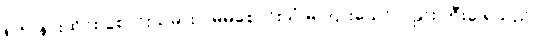
၈၆။ နားထိုင်း စောင်းသမား - မိမိစောင်းသံ မကြားသော်လည်း တီးခ ရသည်။